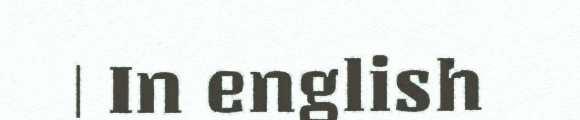
| In english